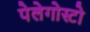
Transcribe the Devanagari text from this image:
पेलेगोस्टो